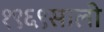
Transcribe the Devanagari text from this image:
१९६९साली